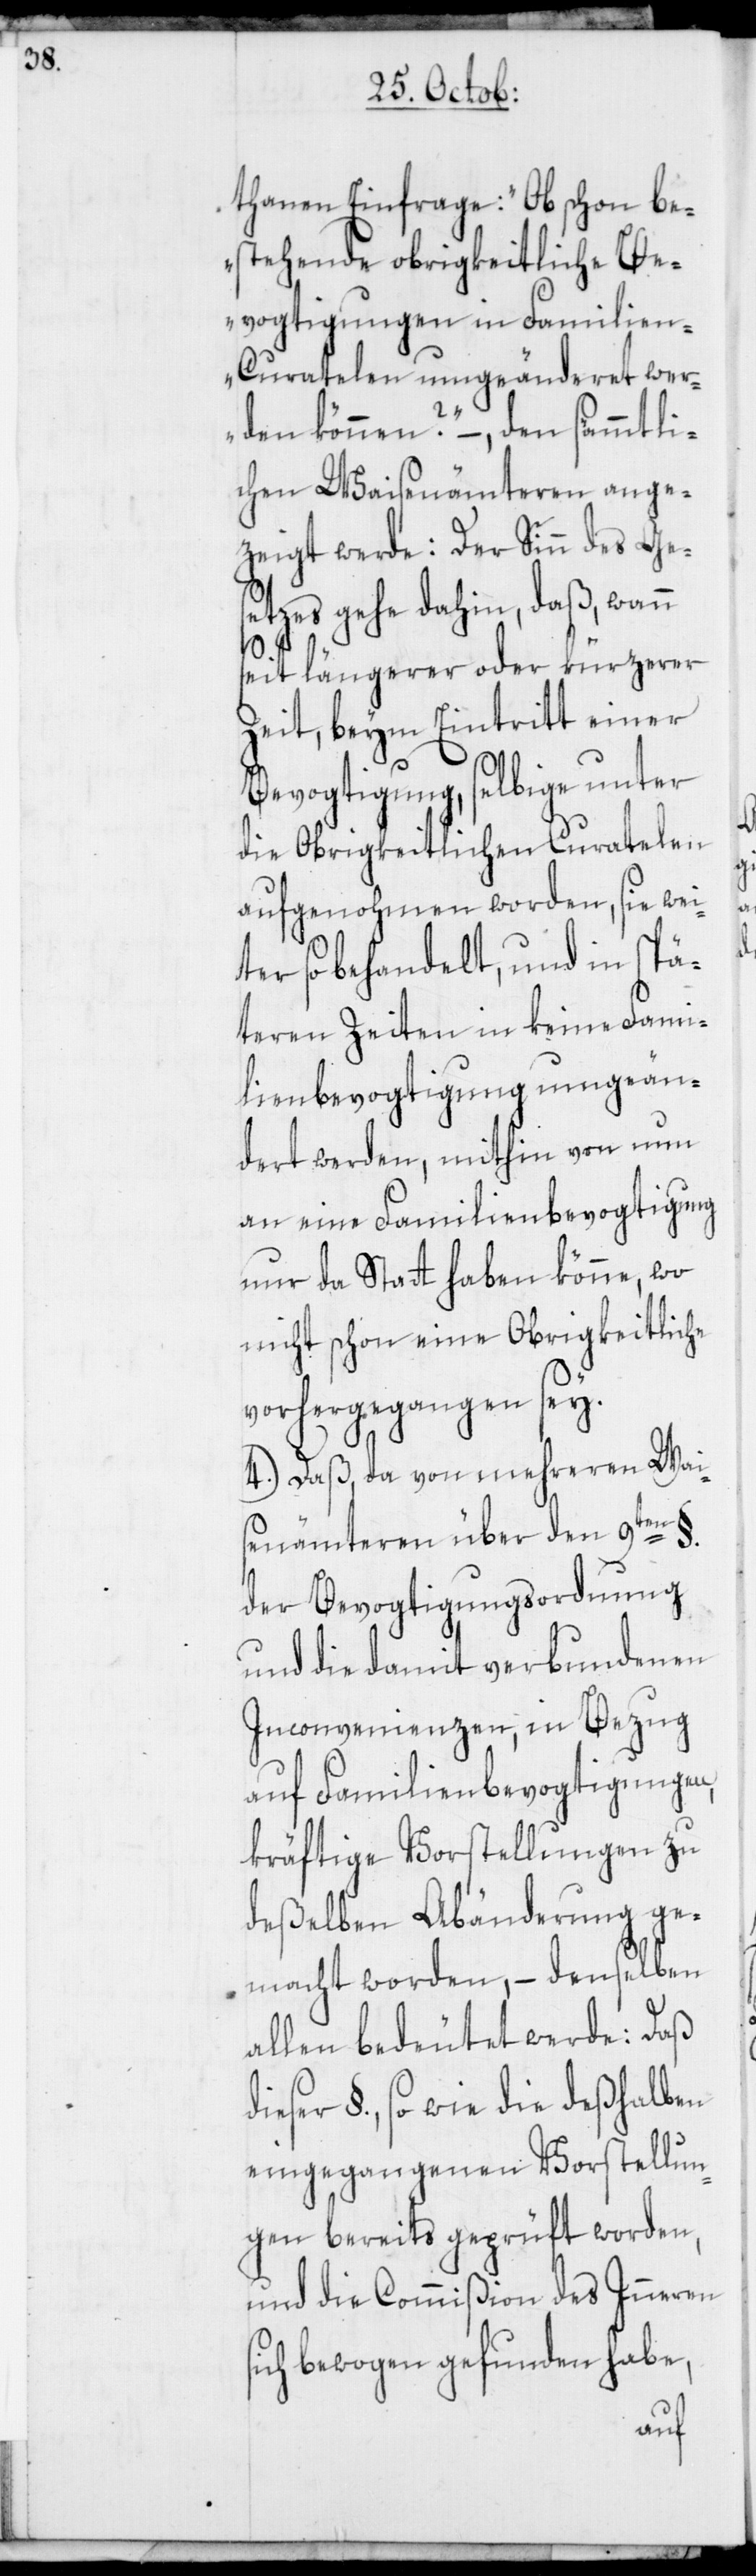
s¬

thanen Einfrage: „Obschon be¬
stehende obrigkeitliche Be¬
vogtigungen in Familie¬
n-Curatelen umgeänderet wer¬
den können?“ –, den sämmtli¬
chen Waisenämteren ange¬
zeigt werde: Der Sinn des Ge¬
setzes gehe dahin, daß,
seit längerer oder kürzerer
Zeit, beym Eintritt einer
Bevogtigung, selbige unter
die Obrigkeitlichen Curatelen
aufgenohmen worden, sie wei¬
ter so behandelt, und in spä¬
teren Zeiten in keine Fami¬
lienbevogtigung umgeän¬
dert werden, mithin von nun
an eine Familienbevogtigung
nur da Statt haben könne, wo
nicht schon eine Obrigkeitliche
vorhergegangen sey.
4.) Daß, da von mehreren Wai¬
senämteren über den 9ten §.
der Bevogtigungsordnung
und die damit verbundenen
Inconvenienzen, in Bezug
auf Familienbevogtigungen,
kräftige Vorstellungen zu
deßelben Abänderung ge¬
macht worden, – denselben
allen bedeutet werde: Daß
dieser §., so wie die deßhalben
eingegangenen Vorstellun¬
gen bereits geprüft worden,
und die Commißion des Inneren
ich bewogen gefunden habe,